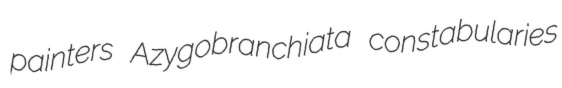
painters Azygobranchiata constabularies